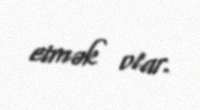
etmək olar.